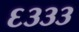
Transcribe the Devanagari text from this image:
६३३३